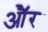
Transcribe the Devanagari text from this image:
औॅर